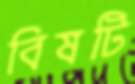
বিষটি